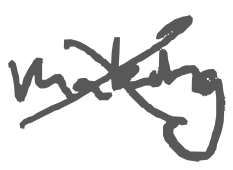
Text: making
Cross-out: cross
Writing tool: digital_gray